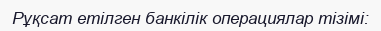
Рұқсат етілген банкілік операциялар тізімі: